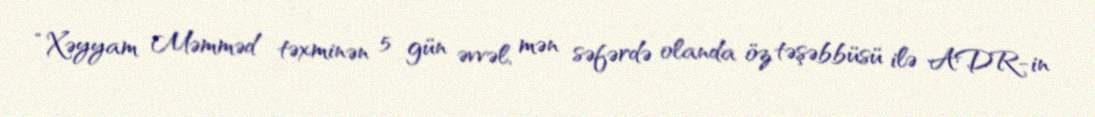
“Xəyyam Məmməd təxminən 5 gün əvvəl, mən səfərdə olanda öz təşəbbüsü ilə ADR-in